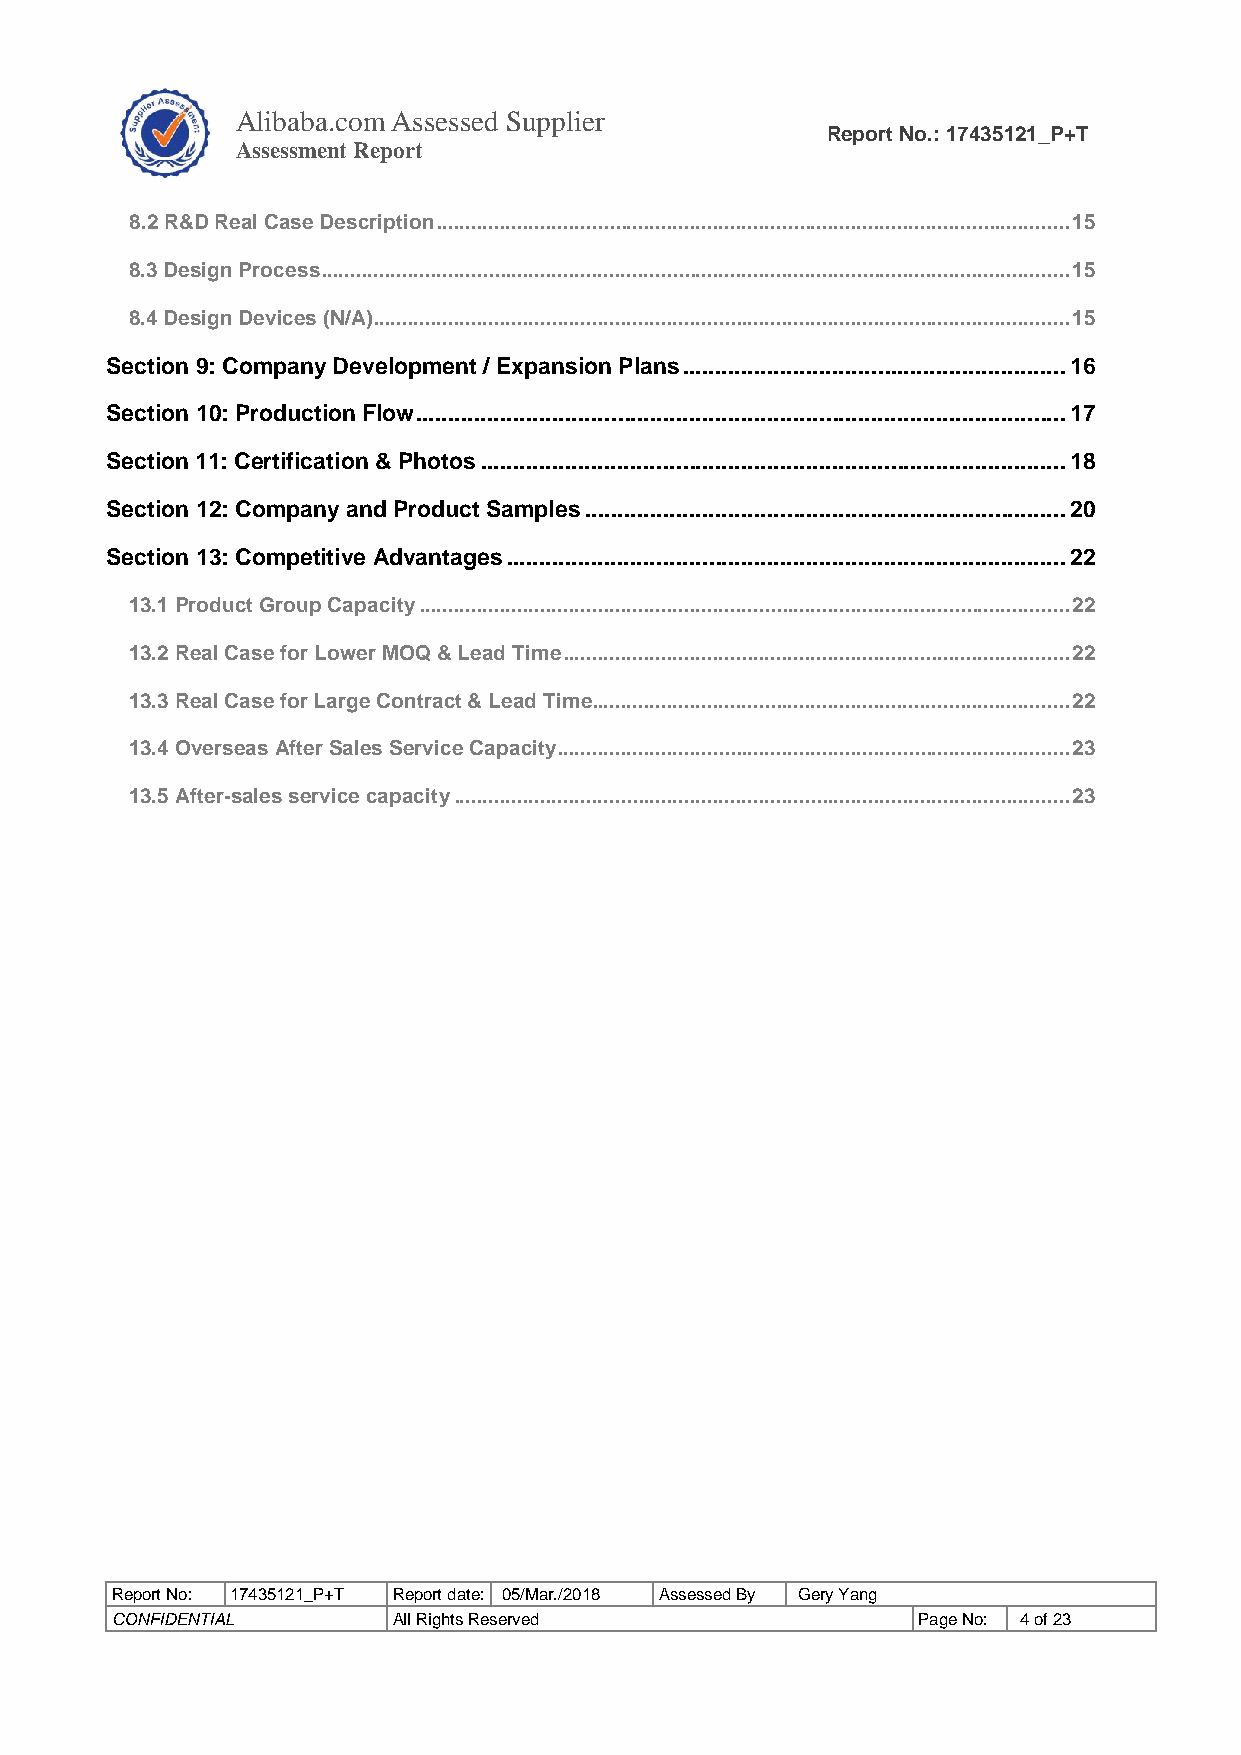
Alibaba.com Assessed Supplier
 Report No.: 17435121_P+T
 As sessment Report
 8.2 R&D Real Case Description .............................................................................................................. 15
 8.3 Design Process .................................................................................................................................. 15
 8.4 Design Devices (N/A) ......................................................................................................................... 15
 Section 9: Company Development / Expansion Plans ........................................................... 16
 Section 10: Production Flow .................................................................................................... 17
 Section 11: Certification & Photos .......................................................................................... 18
 Section 12: Company and Product Samples .......................................................................... 20
 Section 13: Competitive Advantages ...................................................................................... 22
 13.1 Product Group Capacity ................................................................................................................. 22
 13.2 Real Case for Lower MOQ & Lead Time ........................................................................................ 22
 13.3 Real Case for Large Contract & Lead Time................................................................................... 22
 13.4 Overseas After Sales Service Capacity ......................................................................................... 23
 13.5 After-sales service capacity ........................................................................................................... 23
 Report No: 17435121_P+T Report date: 05/Mar./2018 Assessed By Gery Yang
 CONFIDENTIAL       All Rights Reserved                Page No: 4 of 23